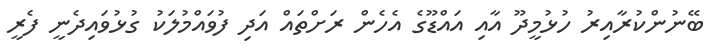
ބޭނުންކުރާއިރު ހުޅުމީދޫ އާއި އައްޑޫގެ އެހެން ރަށްތައް އަދި ފުވައްމުލަކު ގުޅުވައިދެނީ ފެރީ